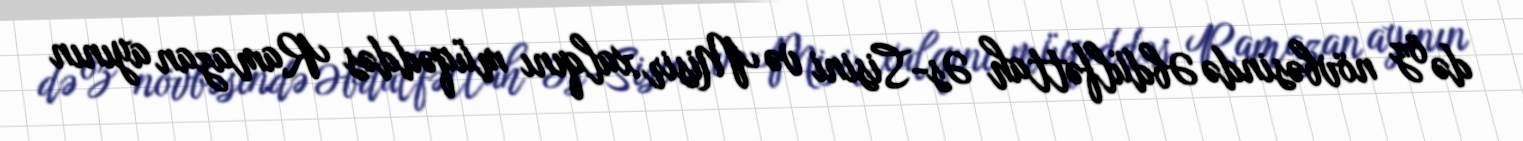
də öz növbəsində Əbdülfəttah Əs-Sisini və Misir xalqını müqəddəs Ramazan ayının